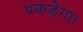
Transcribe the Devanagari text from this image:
पकड़ेगा।